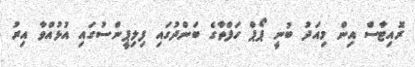
ރޮއިޓާސް އިން މިއަދު ބުނީ ޕޯޕް ހަފްތާގެ ބަންދުގައި ފިލިޕީންސުގައި އުޅުއްވާ އިރު